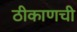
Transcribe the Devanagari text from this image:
ठीकाणची